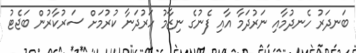
ބަނދަރު ހެނދުމާއި ނަރުދަމާ އާއި ފެނުގެ ނިޒާމު ހަރުދަނާ ކުރުމަށް ސަރުކާރުން ބަޖެޓު